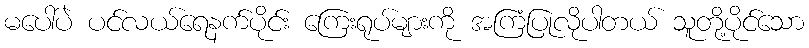
မပေါ်ပဲ ပင်လယ်ရေနက်ပိုင်း ကြေးရုပ်များကို အကြံပြုလိုပါတယ် သူတို့ပိုင်သော